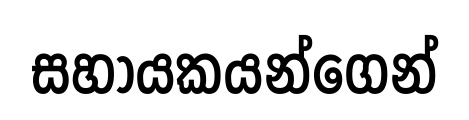
සහායකයන්ගෙන්